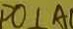
D O \bot A